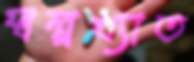
স্বল্পখ্যাত